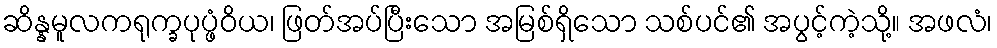
ဆိန္နမူလကရုက္ခပုပ္ဖံဝိယ၊ ဖြတ်အပ်ပြီးသော အမြစ်ရှိသော သစ်ပင်၏ အပွင့်ကဲ့သို့။ အဖလံ၊